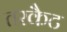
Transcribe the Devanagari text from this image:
तरकैट